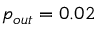
p _ { o u t } = 0 . 0 2